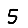
Digit: 5